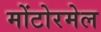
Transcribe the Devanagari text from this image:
मोंटोरमेल